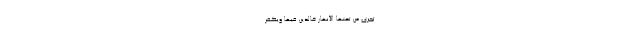
تَجْرِي مِنْ تَحْتِهَا الْأَنْهَارُ خَالِدِينَ فِيهَا وَيُكَفِّرَ